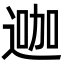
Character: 𨔗